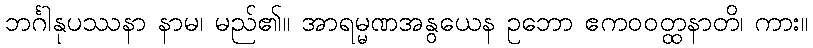
ဘင်္ဂါနုပဿနာ နာမ၊ မည်၏။ အာရမ္မဏအနွယေန ဥဘော ဧကဝဝတ္ထနာတိ၊ ကား။